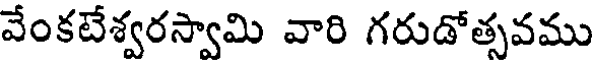
వేంకటేశ్వరస్వామి వారి గరుడోత్సవము